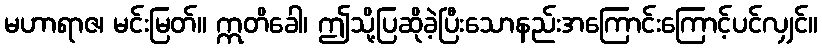
မဟာရာဇ၊ မင်းမြတ်။ ဣတိခေါ၊ ဤသို့ပြဆိုခဲ့ပြီးသောနည်းအကြောင်းကြောင့်ပင်လျှင်။